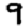
Digit: 9